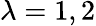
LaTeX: \lambda=1,2